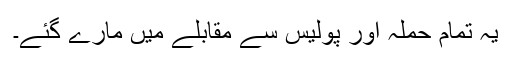
یہ تمام حملہ آور پولیس سے مقابلے میں مارے گئے۔